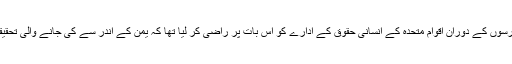
سعودی عرب نے گذشتہ برسوں کے دوران اقوام متحدہ کے انسانی حقوق کے ادارے کو اس بات پر راضی کر لیا تھا کہ یمن کے اندر سے کی جانے والی تحقیقات زیادہ موزوں رہیں گی۔